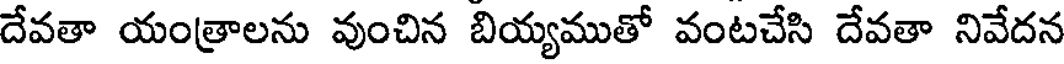
దేవతా యంత్రాలను వుంచిన బియ్యముతో వంటచేసి దేవతా నివేదన